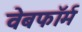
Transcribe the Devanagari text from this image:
वेबफॉर्म